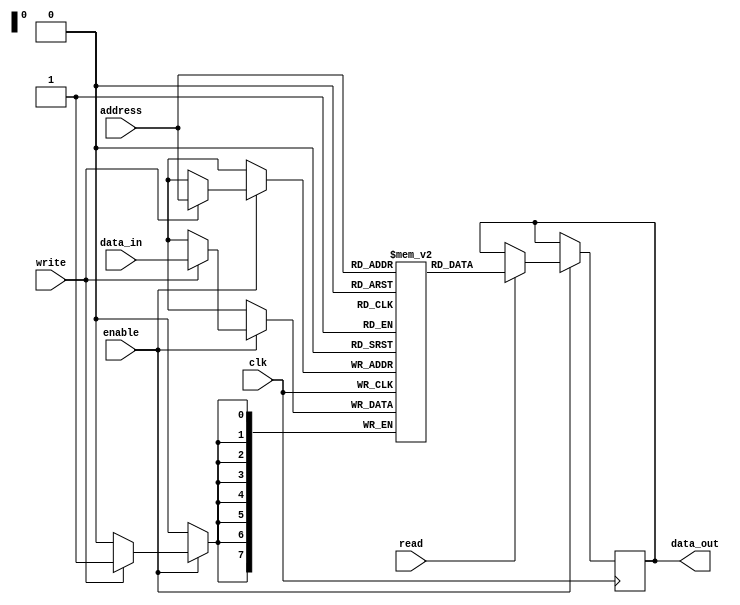
module MemoryBlock (
    input wire clk,
    input wire enable,
    input wire [7:0] address,
    input wire [7:0] data_in,
    input wire read,
    input wire write,
    output reg [7:0] data_out
);

    reg [7:0] memory [255:0]; // Simple memory array

    always @(posedge clk) begin
        if (enable) begin
            if (write) begin
                memory[address] <= data_in;
            end
            if (read) begin
                data_out <= memory[address];
            end
        end
    end
endmodule